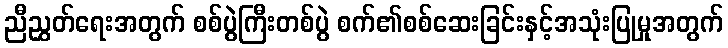
ညီညွှတ်ရေးအတွက် စစ်ပွဲကြီးတစ်ပွဲ စက်၏စစ်ဆေးခြင်းနှင့်အသုံးပြုမှုအတွက်